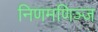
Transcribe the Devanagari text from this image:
निणमणिञ्ज